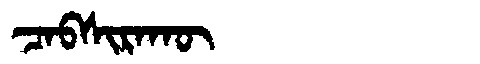
Manchu: ᠴᠠᠪᠰᡳᡵᠠᡴᡡ
Romanization: CABSIRAKŪ